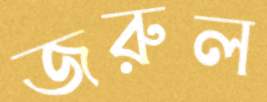
জরুল